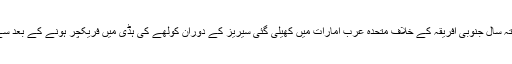
دنیا کے سب سے دراز قد بولر گذشتہ سال جنوبی افریقہ کے خلاف متحدہ عرب امارات میں کھیلی گئی سیریز کے دوران کولھے کی ہڈی میں فریکچر ہونے کے بعد سے بین الاقوامی کرکٹ سے باہر ہیں۔